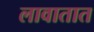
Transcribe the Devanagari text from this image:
लावातात